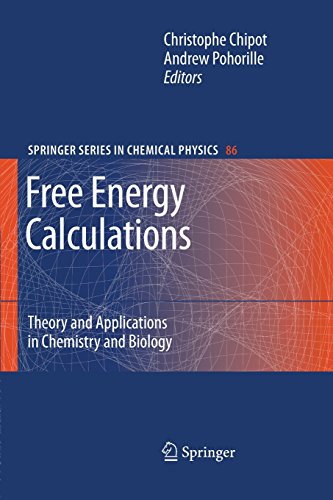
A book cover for Free Energy Calculations: Theory and Applications in Chemistry and Biology (Springer Series in Chemical Physics); Science & Math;